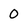
Character: 0